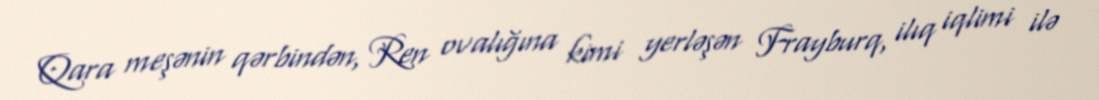
Qara meşənin qərbindən, Ren ovalığına kimi yerləşən Frayburq, ilıq iqlimi ilə